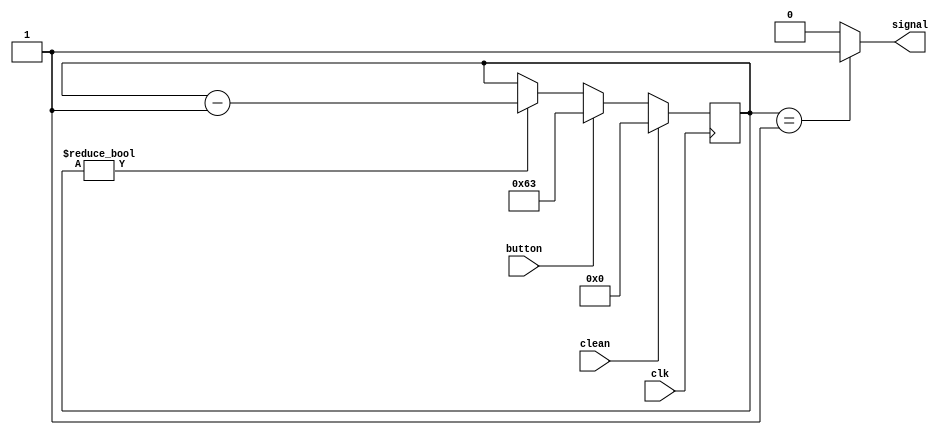
module button
#(parameter CLOCK=99)
(
    input        clean,
    input        clk,
    input        button,
    output reg   signal 
);

reg [10:0] counter;

always @(posedge clk) begin
    if(clean == 1'b1) begin
        counter = 10'b0;
    end
    else begin
        if(button == 1'b1)
            counter = CLOCK;
        else
           if(counter != 0)
               counter = counter - 1; 
    end
end


always @(*) begin
    if(counter == 10'h001) begin
        signal = 1'b1;
    end
    else 
        signal = 1'b0;
end

endmodule